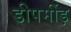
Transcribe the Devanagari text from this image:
डीपमींड़